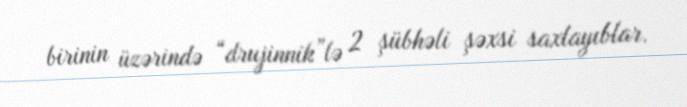
birinin üzərində “drujinnik”lə 2 şübhəli şəxsi saxlayıblar.